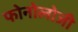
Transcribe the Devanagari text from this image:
फोनोलोजी